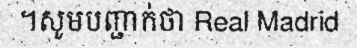
។សូមបញ្ជាក់ថា Real Madrid